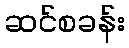
ဆင်စခန်း